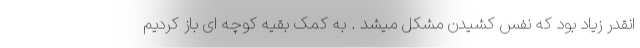
انقدر زیاد بود که نفس کشیدن مشکل میشد . به کمک بقیه کوچه ای باز کردیم